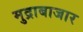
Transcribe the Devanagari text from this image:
मुद्राबाजार